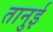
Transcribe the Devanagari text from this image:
तानुई